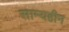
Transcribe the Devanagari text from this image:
साम्यहीन